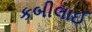
કબીલાઈ